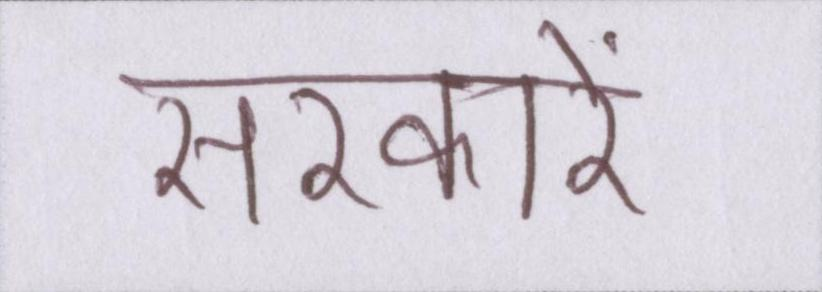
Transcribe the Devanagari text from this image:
सरकारें